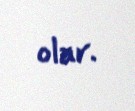
olar.